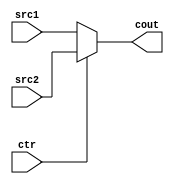
`timescale 100fs/100fs
//this file implement  multiplexer for 5 bits
module Mux2to1_5(src1,src2,cout,ctr);

input ctr;
input [4:0]  src1, src2;
output reg [4:0] cout;

always @(src1,src2,ctr)
begin
    if (ctr==0)
        cout = src1;
    else
        cout = src2;
end
endmodule